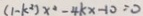
( 1 - k ^ { 2 } ) x ^ { 2 } - 4 k x - 1 0 = 0